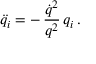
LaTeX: \ddot { q } _ { i } = - \, \frac { \dot { q } ^ { 2 } } { q ^ { 2 } } \, q _ { i } \, .